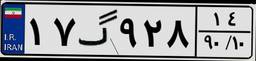
۲۴گ۷۰۰۳۵